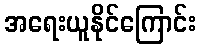
အရေးယူနိုင်ကြောင်း